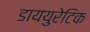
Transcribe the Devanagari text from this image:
डाययुरेटिक